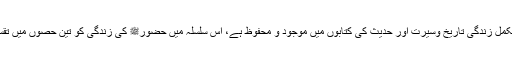
اور حضورﷺ کی مکمل زندگی تاریخ وسیرت اور حدیث کی کتابوں میں موجود و محفوظ ہے، اس سلسلہ میں حضورﷺ کی زندگی کو تین حصوں میں تقسیم کیا جا سکتا ہے۔